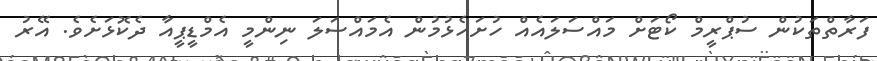
ފަރާތްތަކުން ސުޕްރީމް ކޯޓަށް މައްސަލައެއް ހުށަހެޅުމުން އެމައްސަލަ ނިންމީ އެމްޑީޕީއާ ދެކޮޅަށެވެ. އޭރު